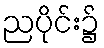
ညပိုင်း၌